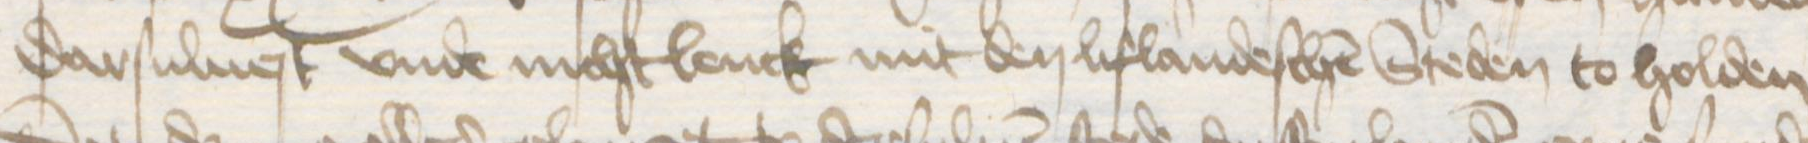
Transcription: darsulnest vnde nichtlenck mit den lifandeschen Steden to holden